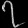
Digit: ၇